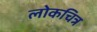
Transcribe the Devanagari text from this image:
लोकचित्र